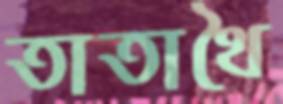
তাতাথৈ